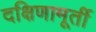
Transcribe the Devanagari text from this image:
दक्षिणामूर्ती